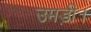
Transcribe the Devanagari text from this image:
उमड़ी।